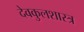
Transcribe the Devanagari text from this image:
देवकुलशास्त्र